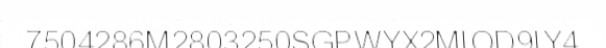
7504286M2803250SGPWYX2MIOD9IY4